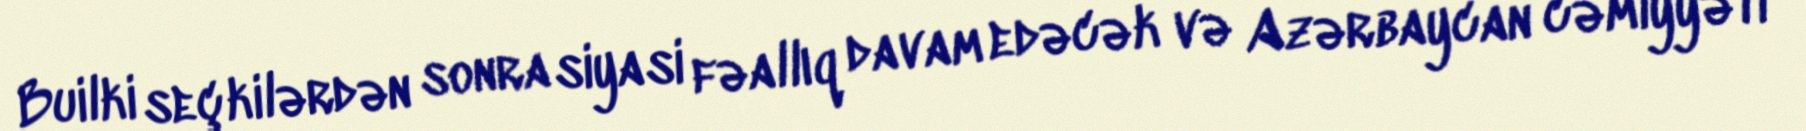
Builki seçkilərdən sonra siyasi fəallıq davam edəcək və Azərbaycan cəmiyyəti